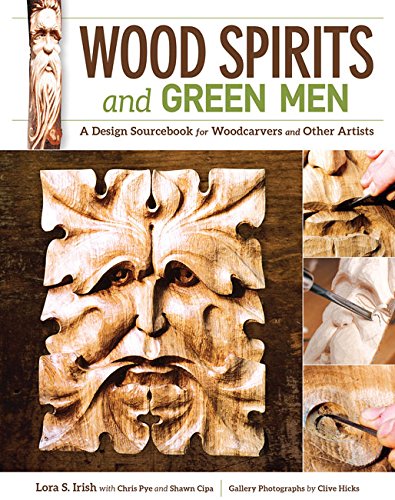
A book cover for Wood Spirits and Green Men: A Design Sourcebook for Woodcarvers and Other Artists; Lora S. Irish; Crafts, Hobbies & Home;